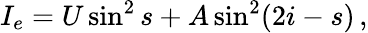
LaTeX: I_{e}=U\sin^{2}s+A\sin^{2}(2i-s)\, ,